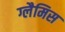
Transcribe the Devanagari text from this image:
ग्लैमिस